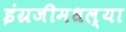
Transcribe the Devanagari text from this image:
इंग्रजीमधल्या